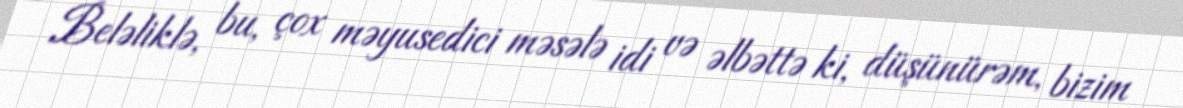
Beləliklə, bu, çox məyusedici məsələ idi və əlbəttə ki, düşünürəm, bizim